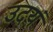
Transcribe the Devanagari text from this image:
उदयं